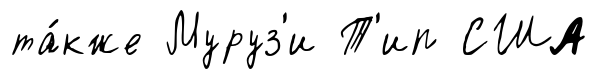
та́кже Муруз'и Т'ип США